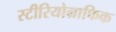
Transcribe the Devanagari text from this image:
स्टीरियोग्राफिक